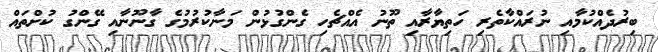
ބިރުދެއްކުމާއި ނުރައްކާތެރި ހަތިޔާރާއި ތޫނު އެއްޗެހި ގެންގުޅުން މަނާކުރުމުގެ ގާނޫނާއި ގޭންގު ކުށްތައް